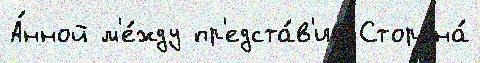
А́нной м'е́жду пр'едста́в'ив Сторона́